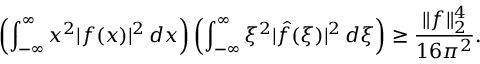
\left( \int _ { - \infty } ^ { \infty } x ^ { 2 } | f ( x ) | ^ { 2 } \, d x \right) \left( \int _ { - \infty } ^ { \infty } \xi ^ { 2 } | { \hat { f } } ( \xi ) | ^ { 2 } \, d \xi \right) \geq { \frac { \| f \| _ { 2 } ^ { 4 } } { 1 6 \pi ^ { 2 } } } .